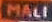
MALI